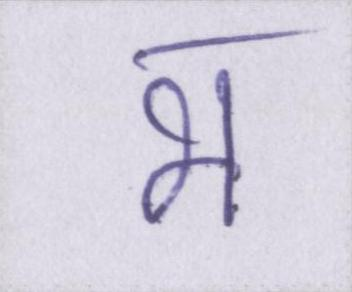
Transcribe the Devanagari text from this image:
भ